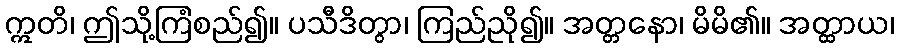
ဣတိ၊ ဤသို့ကြံစည်၍။ ပသီဒိတွာ၊ ကြည်ညို၍။ အတ္တနော၊ မိမိ၏။ အတ္ထာယ၊